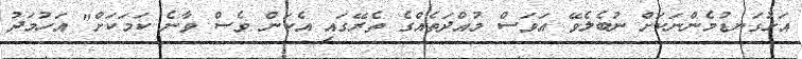
އަޅުގަނޑުމެންނަކަށް ނުބެލެވޭ އަވަސް މުއްދަތެއްގެ ތެރޭގައި އެކަން ވެސް ވާނެ ކަމަކަށް" އަހުމަދު